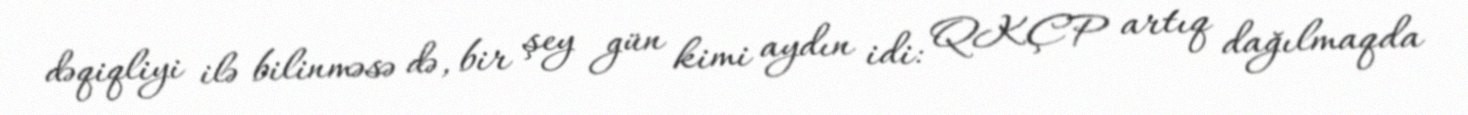
dəqiqliyi ilə bilinməsə də, bir şey gün kimi aydın idi: QKÇP artıq dağılmaqda